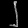
Digit: ၂